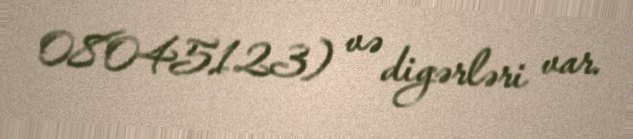
08045123) və digərləri var.